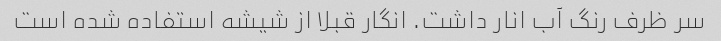
سر ظرف رنگ آب انار داشت. انگار قبلا از شیشه استفاده شده است